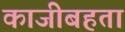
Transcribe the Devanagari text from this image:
काजीबहता